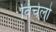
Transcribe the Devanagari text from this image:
विंचेलो